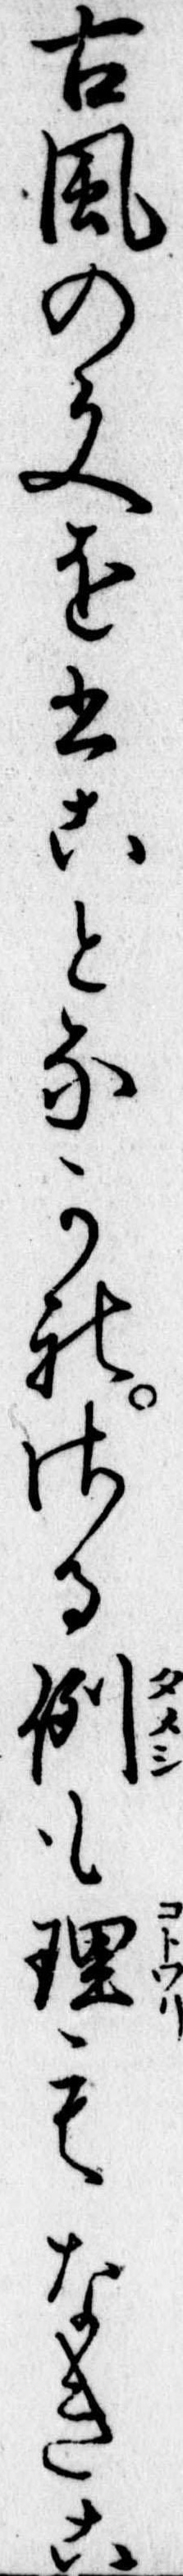
古風の文を書ことなかれさる例も理もなきこ